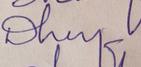
Signature authenticity: genuine